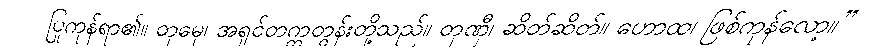
ပြုကုန်ရာ၏။ တုမှေ၊ အရှင်တက္ကတွန်းတို့သည်။ တုဏှီ၊ ဆိတ်ဆိတ်။ ဟောထ၊ ဖြစ်ကုန်လော့။”